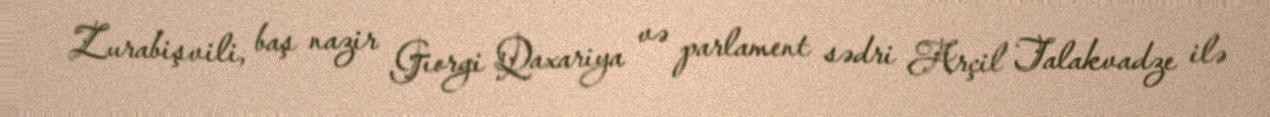
Zurabişvili, baş nazir Giorgi Qaxariya və parlament sədri Arçil Talakvadze ilə